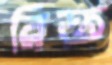
রিক্ত